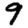
Digit: 9